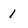
Character: 1